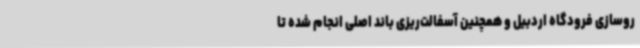
روسازی فرودگاه اردبیل و همچنین آسفالت‌ریزی باند اصلی انجام شده تا